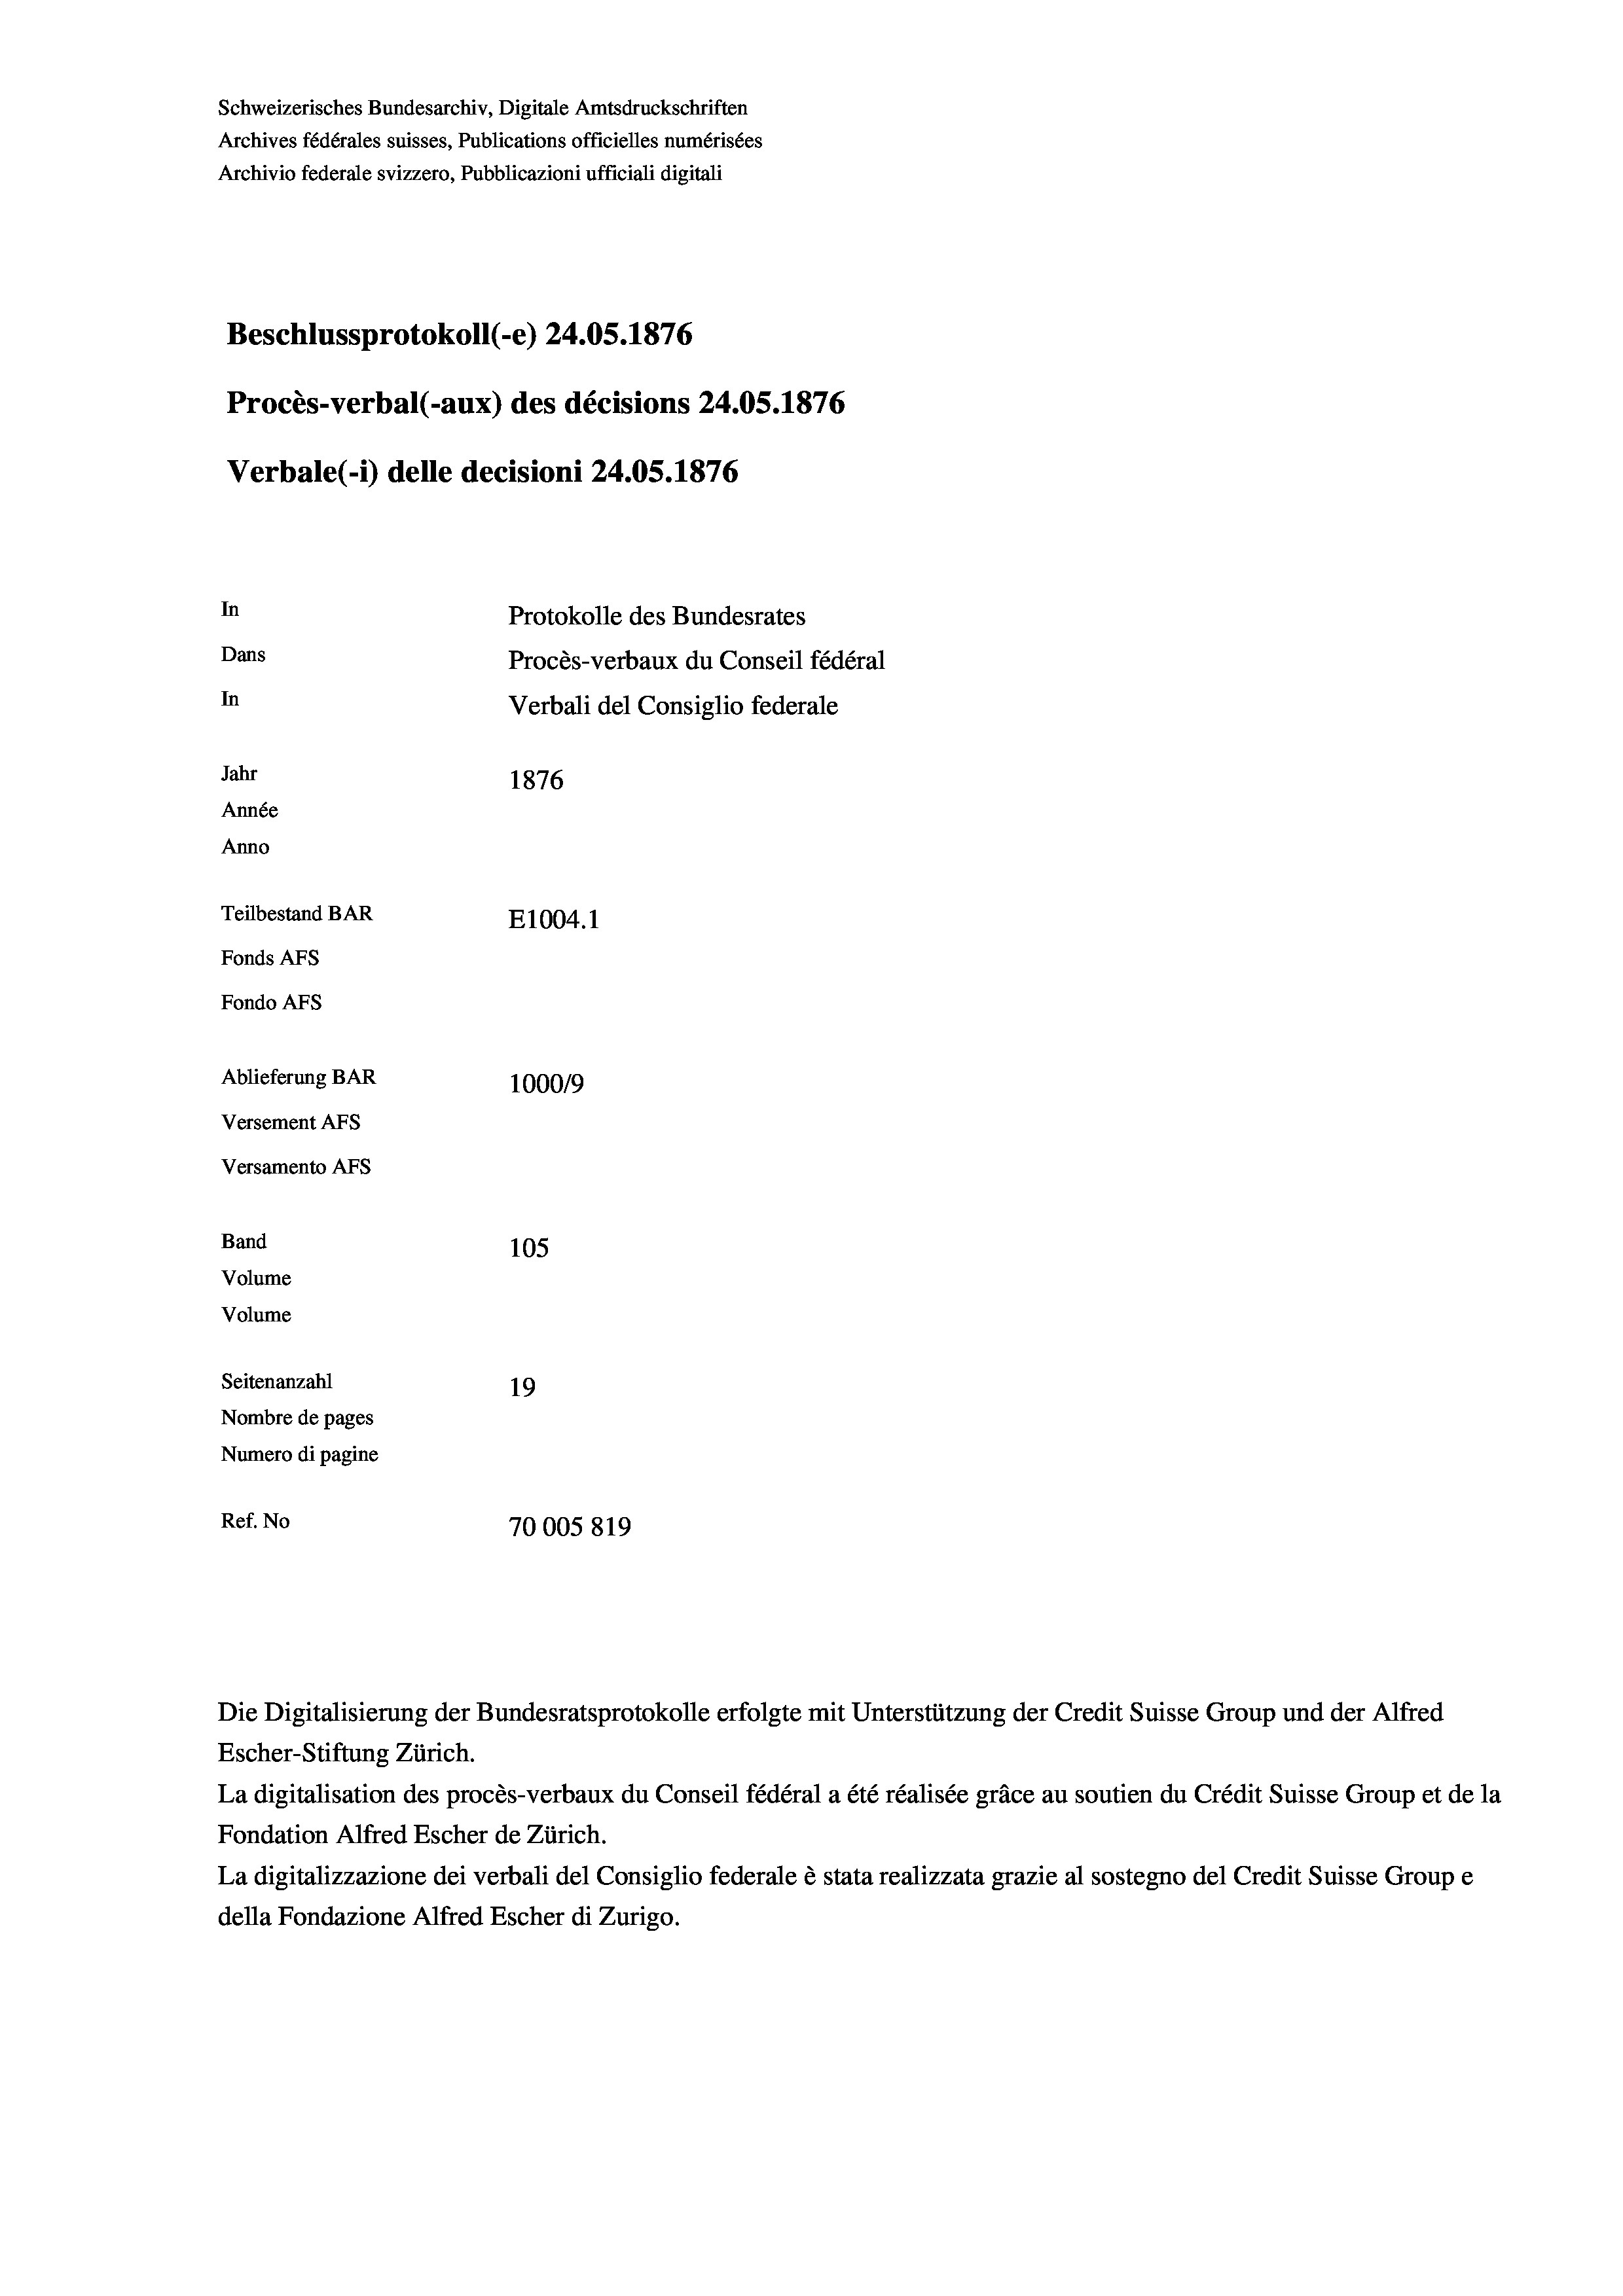
Versamento AFs
Band
Volume
Volume

Schweizerisches Bundesarchiv, Digitale Amtsdruckschriften
Archives fédérales suisses, Publications officielles numérisées
Archivio federale svizzero, Pubblicazioni ufficiali digitali
Beschlussprotokoll (-e) 24.05. 1876
Procès-verbal (-aux) des décisions 24.05. 1876
Verbale (1) delle decisioni 24.05. 1876
In
Protokolle des Bundesrates
Dans
Procès-verbaux du Conseil fédéral
In
Verbali del Consiglio federale
Jahr
1876
Année
Anno
Teilbestand BAR
E1004. 1
Fonds AFs
Fondo AFs
Ablieferung BAR
1000/9
Versement Abs

105
Seitenanzahl
19
Nombre de pages
Numero di pagine
Ref. No
70005819

Escher-Stiftung Zürich.
La digitalisation des procès-verbaux du Conseil fédéral a été réalisée gräce au soutien du Crédit Suisse Group et de la
Fondation Alfred Escher de Zürich.
La digitalizzazione dei verbali del Consiglio federale è stata realizzata grazie al sostegno del Credit Suisse Groupe
della Fondazione Alfred Escher di Zurigo.

Die Digitalisierung der Bundesratsprotokolle erfolgte mit Unterstützung der Credit Suisse Group und der Alfred